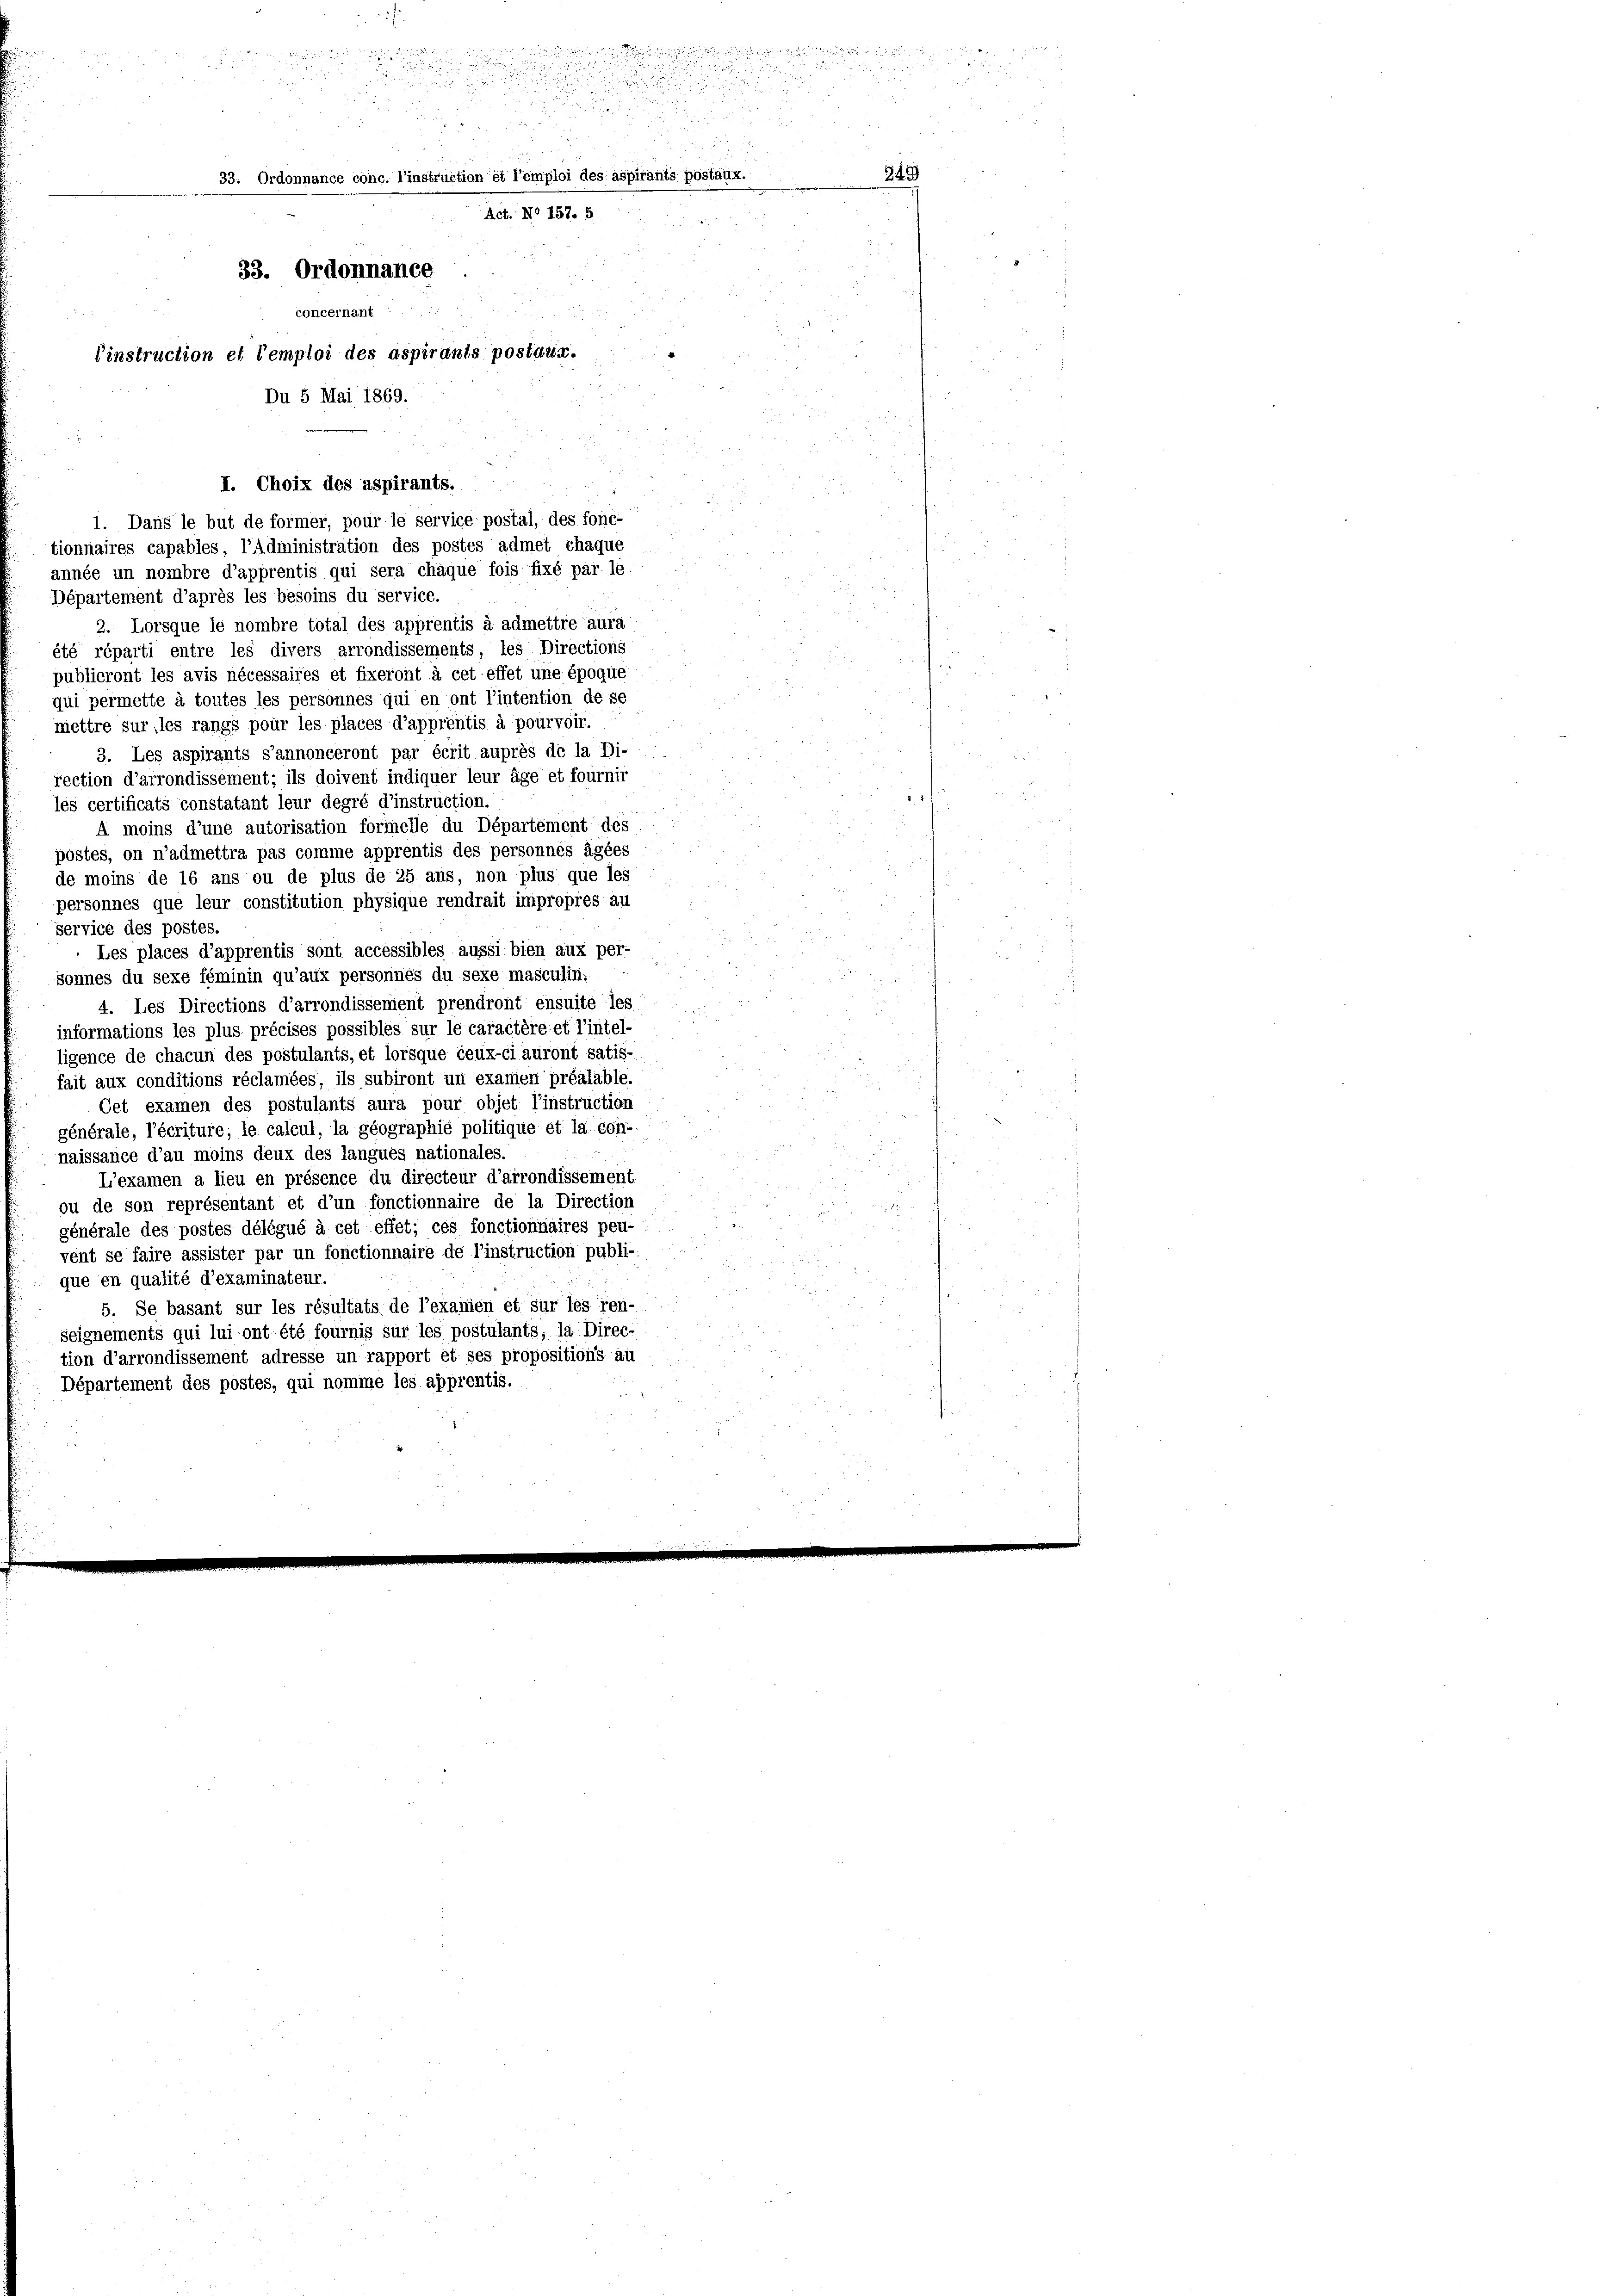
riner in einer meiner einer ein
 2

i

33. Ordonnance conc. L’instruction et l’emploi des aspirants postaux.
Act. No 157. 5
33. Ordonnance
oncernant
Einstruction et l’emploi des aspirants postaur.
Du 5 Mai 1869.

année un nombre d’apprentis qui sera chaque fois fixé par le
Département d’après les besoins du service.
2. Lorsque le nombre total des apprentis à admettre aura
été réparti entre les divers arrondissements, les Directions
publieront les avis nécessaires et fixeront à cet effet une époque
qui permette à toutes les personnes qui en ont l’intention de se
mettre sur les rangs pour les places d’apprentis à pourvoir.
3. Les aspirants s’annonceront par écrit auprès de la Di-
rection d’arrondissement; ils doivent indiquer leur âge et fournir
les certificats constatant leur degré d’instruction.
A moins d’une autorisation formelle du Département des
postes, on n’admettra pas comme apprentis des personnes ägées
de moins de 16 ans ou de plus de 25 ans, non plus que les
personnes que leur constitution physique rendrait impropres au
service des postes.
Les places d’apprentis sont accessibles aussi bien aux per-
sonnes du sexe féminin qu’aux personnés du sexe masculin:
4. Les Directions d’arrondissement prendront ensuite les
informations les plus précises possibles sur le caractère et l’intel-
ligence de chacun des postulants, et lorsque ceux-ci auront satis-
fait aux conditions réclamées, ils subiront un examen préalable.
Cet examen des postulants aura pour objet l’instruction
générale, l’écriture; le calcul, la géographie politique et la con-
naissance d’au moins deux des langues nationales.
L’examen a lieu en présence du directeur d’arrondissement
ou de son représentant et d’un fonctionnaire de la Direction
générale des postes délégué à cet effet; ces fonctionnaires peu-
vent se faire assister par un fonctionnaire de l’instruction publi-
que en qualité d’examinateur.
5. Se basant sur les résultats de l’examen et sur les ren-
seignements qui lui ont été fournis sur les postulants, la Direc-
tion d’arrondissement adresse un rapport et ses propositions au
Département des postes, qui nomme les apprentis.

I. Choix des aspirants.
1. Dans le but de former, pour le service postal, des fonc-
tionnaires capables, l’Administration des postes admet chaque

349